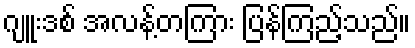
ဂျူးဒစ် အလန့်တကြား ပြန်ကြည့်သည်။